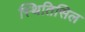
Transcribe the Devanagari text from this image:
स्थितिसिल